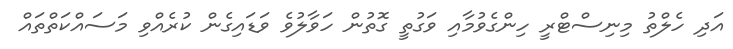
އަދި ހެލްތު މިނިސްޓްރީ ހިންގެވުމާއި ވަގުތީ ގޮތުން ހަވާލުވެ ވަޑައިގެން ކުރެއްވި މަސައްކަތްތައް